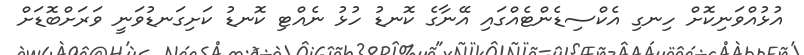
އުޅުއްވަނިކޮށް ހިނގި އެކްސިޑެންޓެއްގައި އޭނާގެ ކޮނޑު ހުޅު ނެއްޓި ކޮނޑު ކަށިގަނޑުވަނީ ވަރަށްބޮޑަށް